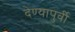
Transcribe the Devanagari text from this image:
देण्यापुर्वी